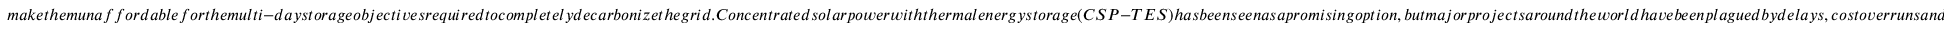
m a k e t h e m u n a f f o r d a b l e f o r t h e m u l t i - d a y s t o r a g e o b j e c t i v e s r e q u i r e d t o c o m p l e t e l y d e c a r b o n i z e t h e g r i d . C o n c e n t r a t e d s o l a r p o w e r w i t h t h e r m a l e n e r g y s t o r a g e ( C S P - T E S ) h a s b e e n s e e n a s a p r o m i s i n g o p t i o n , b u t m a j o r p r o j e c t s a r o u n d t h e w o r l d h a v e b e e n p l a g u e d b y d e l a y s , c o s t o v e r r u n s a n d m e c h a n i c a l i s s u e s , a n d i n t e r e s t h a s w a n e d i n r e c e n t y e a r s . S t u d i e s s u g g e s t t h a t a c h i e v i n g c o s t - e f f i c i e n t m u l t i - d a y s t o r a g e r e q u i r e s a c a p i t a l c o s t r e d u c t i o n t o U S \ 3 - 3 0 k W h